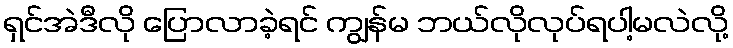
ရှင်အဲဒီလို ပြောလာခဲ့ရင် ကျွန်မ ဘယ်လိုလုပ်ရပါ့မလဲလို့